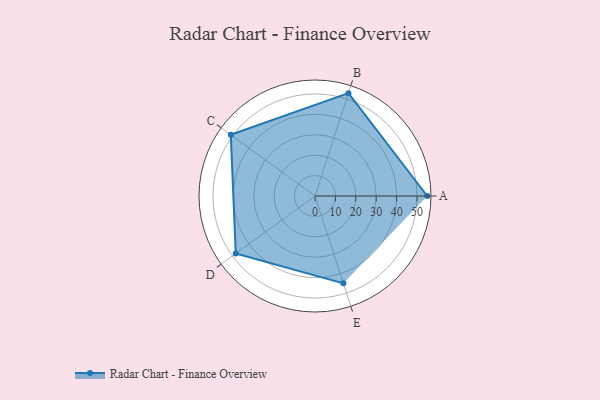
{"axis": {"x": "Skill", "y": "Score"}, "legend": ["Profile"], "data": [{"x": "A", "y": 55.0, "type": "Profile"}, {"x": "B", "y": 53.0, "type": "Profile"}, {"x": "C", "y": 51.0, "type": "Profile"}, {"x": "D", "y": 48.0, "type": "Profile"}, {"x": "E", "y": 45.0, "type": "Profile"}]}